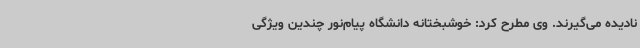
نادیده می‌گیرند. وی مطرح کرد: خوشبختانه دانشگاه پیام‌نور چندین ویژگی